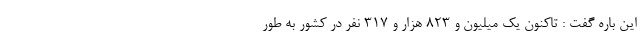
این باره گفت : تاکنون یک میلیون و ۸۲۳ هزار و ۳۱۷ نفر در کشور به طور